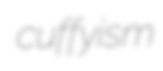
cuffyism